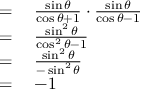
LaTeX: \begin{array} { r l } { = { } } & { { } { \frac { \sin \theta } { \cos \theta + 1 } } \cdot { \frac { \sin \theta } { \cos \theta - 1 } } } \\ { = { } } & { { } { \frac { \sin ^ { 2 } \theta } { \cos ^ { 2 } \theta - 1 } } } \\ { = { } } & { { } { \frac { \sin ^ { 2 } \theta } { - \sin ^ { 2 } \theta } } } \\ { = { } } & { { } { - 1 } } \end{array}